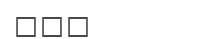
٢٧٠